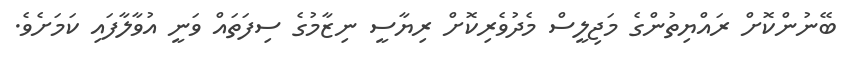
ބޭނުންކޮށް ރައްޔިތުންގެ މަޖިލީސް މެދުވެރިކޮށް ރިޔާސީ ނިޒާމުގެ ސިފަތައް ވަނީ އުވާލާފައި ކަމަށެވެ.